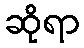
ဆိုရာ